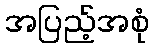
အပြည့်အစုံ